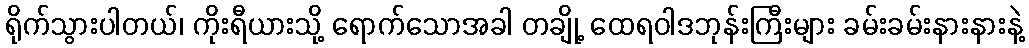
ရိုက်သွားပါတယ်၊ ကိုးရီယားသို့ ရောက်သောအခါ တချို့ ထေရဝါဒဘုန်းကြီးများ ခမ်းခမ်းနားနားနဲ့